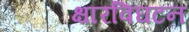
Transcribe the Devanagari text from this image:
क्षारविघटन